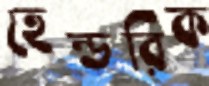
হেন্ডরিক